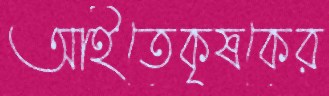
আইতেকৃষকের